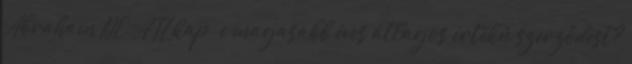
Abraham DE, ATL kap-e magasabb éves átlagos értékű szerződést?